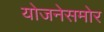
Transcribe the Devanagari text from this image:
योजनेसमोर